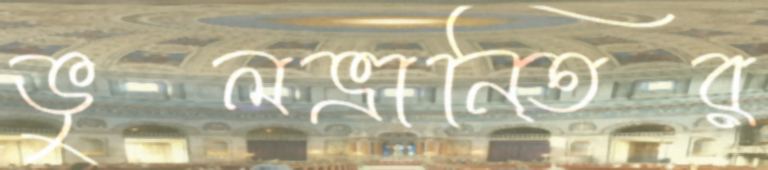
ভুলভ্রানি্তর